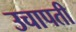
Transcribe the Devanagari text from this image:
उचापती